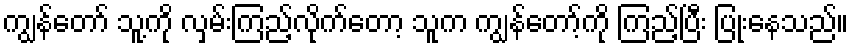
ကျွန်တော် သူ့ကို လှမ်းကြည့်လိုက်တော့ သူက ကျွန်တော့်ကို ကြည့်ပြီး ပြုံးနေသည်။